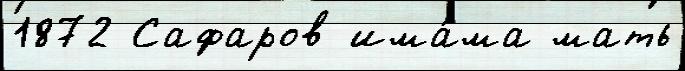
1872 Сафаров има́ма мать